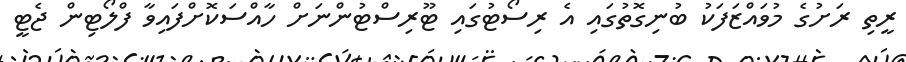
ރީތި ރަށުގެ މުވައްޒަފަކު ބުނިގޮތުގައި އެ ރިސޯޓުގައި ޓޫރިސްޓުންނަށް ހާއްސަކޮށްފައިވާ ފްލޯޓިން ޖެޓީ